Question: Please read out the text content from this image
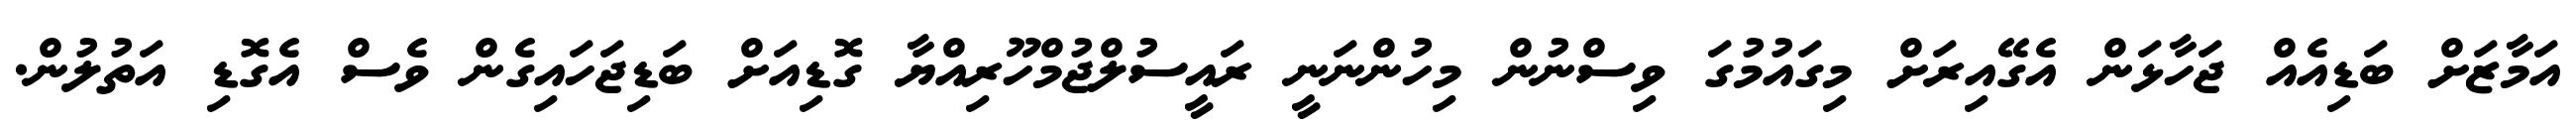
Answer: އަމާޒަށް ބަޑިއެއް ޖަހާޅަން އެގޭއިރަށް މިގައުމުގަ ވިސްނުން މިހުންނަނީ ރައީސުލްޖުމްހޫރިއްޔާ ގޮޑިއަށް ބަޑިޖަހައިގެން ވެސް އެގޮޑި އަތުލުން.